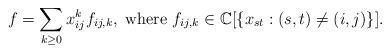
LaTeX: \begin{align*}f = \sum_{k\geq 0}^{} x_{ij}^k f_{ij,k}, \mbox{ where }f_{ij,k} \in \mathbb{C}[\{ x_{st}: (s,t)\not=(i,j)\}]. \end{align*}